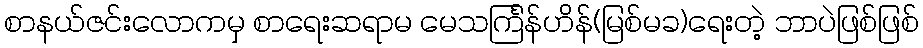
စာနယ်ဇင်းလောကမှ စာရေးဆရာမ မေသင်္ကြန်ဟိန်(မြစ်မခ)ရေးတဲ့ ဘာပဲဖြစ်ဖြစ်